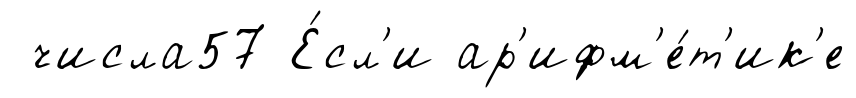
числа57 Е́сл'и ар'ифм'е́т'ик'е